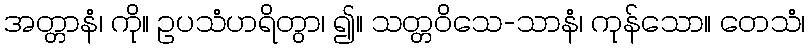
အတ္တာနံ၊ ကို။ ဥပသံဟရိတွာ၊ ၍။ သတ္တဝိသေ-သာနံ၊ ကုန်သော။ တေသံ၊